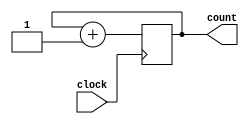
`define WIDTH 512

module adder(clock, count);

input clock;
output [`WIDTH-1:0] count;
reg [`WIDTH-1:0] count;

always @(posedge clock) begin
	count <= count + 1'b1;
end

endmodule